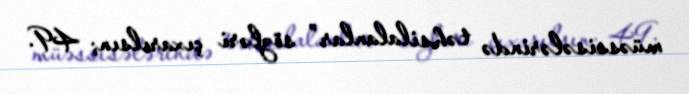
müəssisələrində təhsilalanlar” sözləri çıxarılsın; 49.